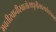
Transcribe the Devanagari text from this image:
भवत्तीरवानीरवातोत्थधूलीलवस्पर्शतस्तत्क्षणं